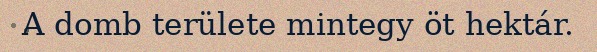
A domb területe mintegy öt hektár.